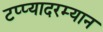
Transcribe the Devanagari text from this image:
टप्प्यादरम्यान